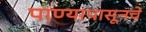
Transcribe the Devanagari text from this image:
पाण्यापासूनचे